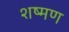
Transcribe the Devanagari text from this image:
शष्मण